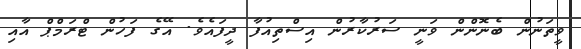
ވީތަނުން ބެނޮންން ވަނީ ސަރުކާރުން އިސްތިއުފާ ދީފައެވެ. އޭގެ ފަހުން ޓްރަމްޕް އާއި